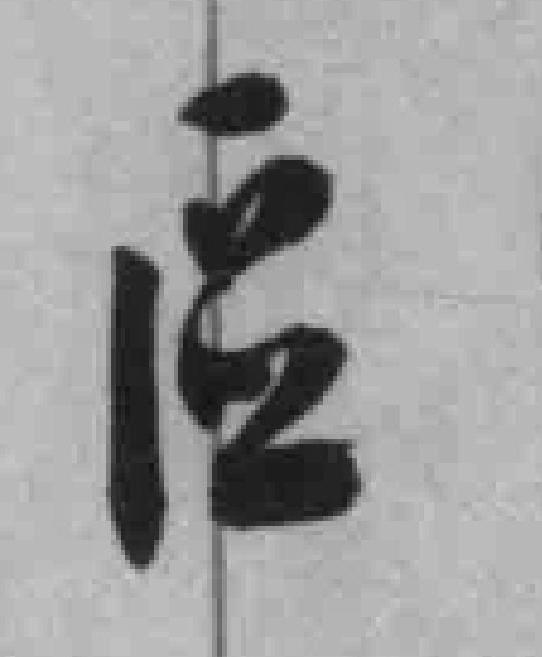
區